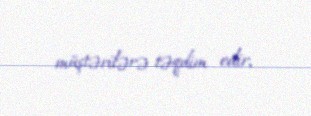
müştərilərə təqdim edir.